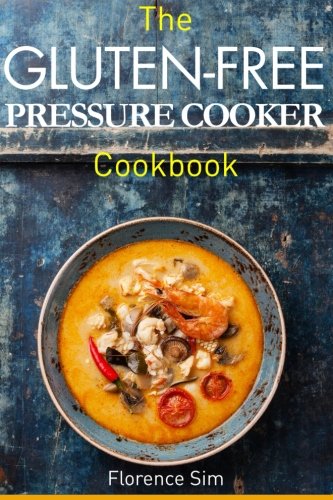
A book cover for The Gluten-Free Pressure Cooker Cookbook: Quick, Easy and Delicious Recipes to Save YOU Time and Money; Florence Sim; Cookbooks, Food & Wine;